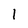
Character: 1